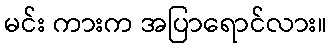
မင်း ကားက အပြာရောင်လား။